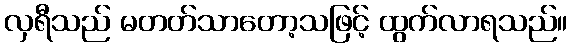
လှရီသည် မတတ်သာတော့သဖြင့် ထွက်လာရသည်။